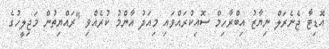
އޮޑިޓާ ޖެނެރަލް ނިޔާޒު އިބްރާހިމް ސޮއިކުރައްވައި މިއަދު އާންމު ކުރެއްވި "ރައްޔިތުން މަޖިލީހުގެ